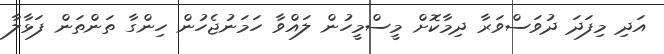
އަދި މިފަދަ ދުވަސްވަރާ ދިމާކޮށް މީސްމީހުން ލައްވާ ހަމަނުޖެހުން ހިންގާ ތަންތަން ފަޅާލާ